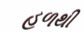
હળથી